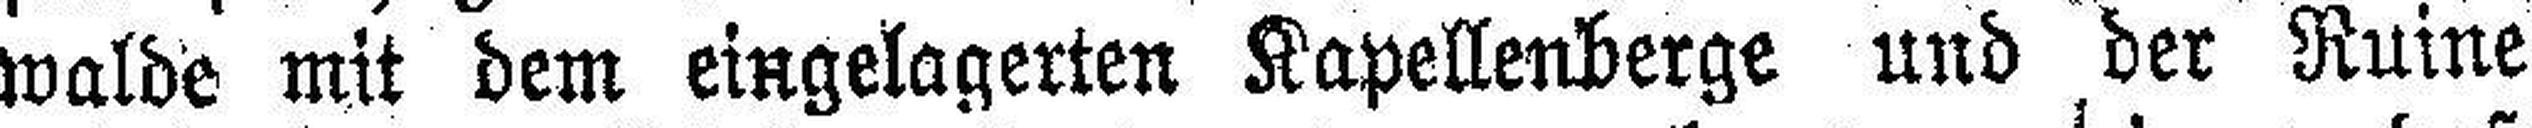
walde mit dem eingelagerten Kapellenberge und der Ruine